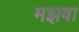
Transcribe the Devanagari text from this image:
मझवा